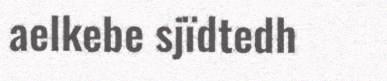
aelkebe sjïdtedh